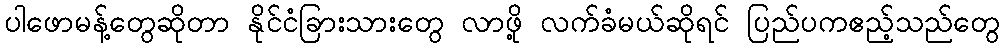
ပါဖောမန့်တွေဆိုတာ နိုင်ငံခြားသားတွေ လာဖို့ လက်ခံမယ်ဆိုရင် ပြည်ပကဧည့်သည်တွေ